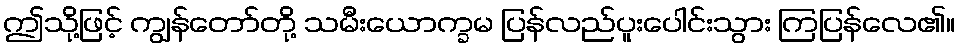
ဤသို့ဖြင့် ကျွန်တော်တို့ သမီးယောက္ခမ ပြန်လည်ပူးပေါင်းသွား ကြပြန်လေ၏။